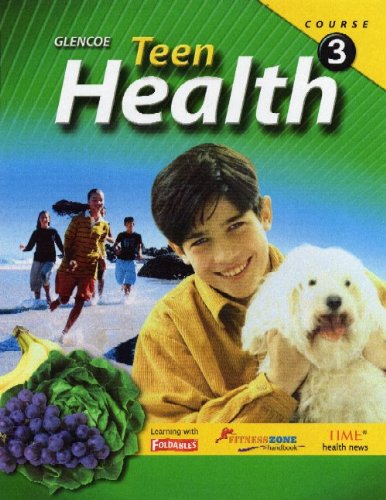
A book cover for Teen Health, Course 3, Student Edition; McGraw-Hill Education; Health, Fitness & Dieting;